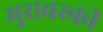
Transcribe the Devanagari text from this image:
मुरावस्की